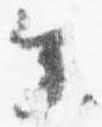
参